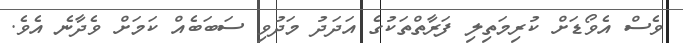
ވެސް އެވޯޑަށް ކުރިމަތިލި ފަރާތްތަކުގެ އަދަދު މަދުވި ސަބަބެއް ކަމަށް ވެދާނެ އެވެ.